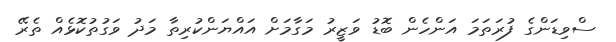
ސްވިޑަންގެ ފުރަތަމަ އަންހެން ބޮޑު ވަޒީރު މަގާމަށް އައްޔަންކުރިތާ މަދު ވަގުތުކޮޅެއް ތެރޭ